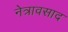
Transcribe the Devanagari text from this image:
नेत्रावसाद